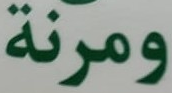
ومرنة